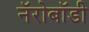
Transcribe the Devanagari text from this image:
नॅरोबॉडी